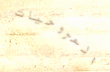
المروحيات